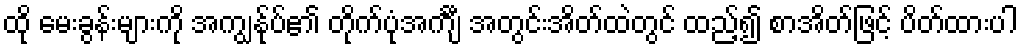
ထို မေးခွန်းများကို အကျွန်ုပ်၏ တိုက်ပုံအင်္ကျီ အတွင်းအိတ်ထဲတွင် ထည့်၍ စာအိတ်ဖြင့် ပိတ်ထားပါ